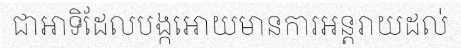
ជាអាទិដែលបង្កអោយមានការអន្តរាយដល់